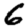
Digit: 6